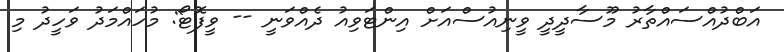
އަބްދުއްސައްތާރު މޫސާދީދީ ވީނިއުސްއަށް އިންޓަވިއު ދެއްވަނީ -- ވީފޮޓޯ: މުހައްމަދު ވަހީދު މި